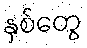
နှစ်တွေ